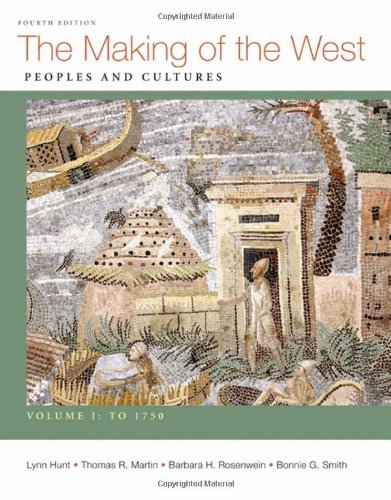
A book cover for Making of the West, Volume I: To 1750: Peoples and Cultures; Lynn Hunt; History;